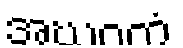
အဃဂတံ